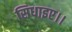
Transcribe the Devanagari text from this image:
सिधाइए।।